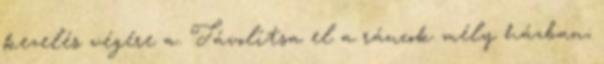
kezelés végére a. Távolítsa el a ráncok mély házban;